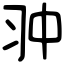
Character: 𠁨